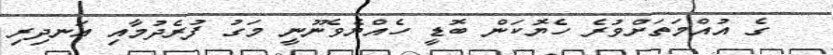
ގެ އުއްމަތަށްވުރެ ހެޔޮކަން ބޮޑީ ހެއްޔެވެނޫނީ މަގު ފުރެދުމާއި އަނދިރި